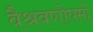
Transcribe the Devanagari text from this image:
वैश्रवणोपमो